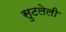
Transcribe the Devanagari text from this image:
सुटलेली